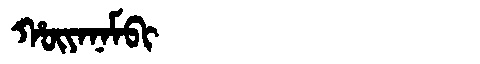
Manchu: ᡥᡡᠶᠠᠨᠠᠮᠪᡳ
Romanization: HŪYANAMBI